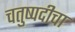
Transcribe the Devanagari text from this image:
चतुष्पदीचा